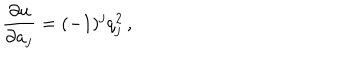
{ \frac { \partial u } { \partial a _ { j } } } = ( - 1 ) ^ { j } q _ { j } ^ { 2 } \, ,